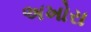
અખોરા